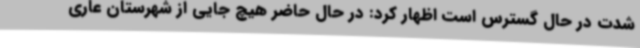
شدت در حال گسترس است اظهار کرد: در حال حاضر هیچ جایی از شهرستان عاری